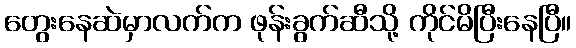
တွေးနေဆဲမှာလက်က ဖုန်းခွက်ဆီသို့ ကိုင်မိပြီးနေပြီ။